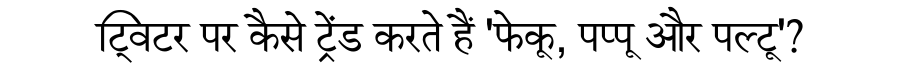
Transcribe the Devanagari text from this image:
ट्विटर पर कैसे ट्रेंड करते हैं 'फेकू, पप्पू और पल्टू'?